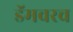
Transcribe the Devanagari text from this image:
डॅमवरच